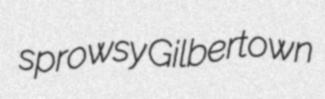
sprowsy Gilbertown